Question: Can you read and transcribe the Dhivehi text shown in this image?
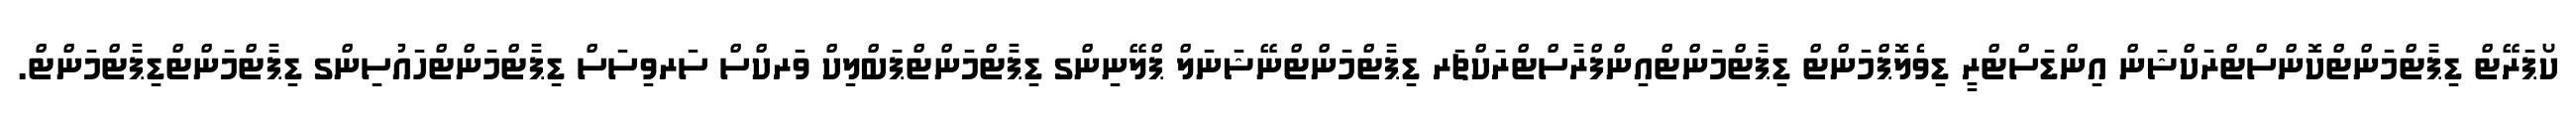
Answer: ކޯޕަރޭޓް ޑިޕާޓްމަންޓްކޮންސްޓްރަކްޝަން އިންޑަސްޓްރީ ޑިވެލޮޕްމަންޓް ޑިޕާޓްމަންޓްއިންފްރާސްޓްރަކްޗަރ ޑިޕާޓްމަންޓްނޭޝަނަލް ޕްލޭނިންގ ޑިޕާޓްމަންޓްޕަބްލިކް ވަރކްސް ސަރވިސަސް ޑިޕާޓްމަންޓްހައުސިންގ ޑިޕާޓްމަންޓްޑިޕާޓްމަންޓް.